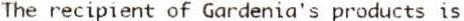
THE RECIPIENT OF GARDENIA'S PRODUCTS IS